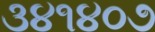
૩૪૧૪૦૭